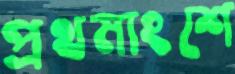
প্রথমাংশে